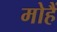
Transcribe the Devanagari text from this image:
मोहैं